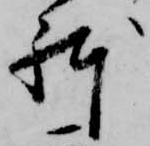
躰